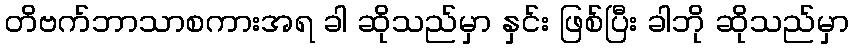
တိဗက်ဘာသာစကားအရ ခါ ဆိုသည်မှာ နှင်း ဖြစ်ပြီး ခါဘို ဆိုသည်မှာ